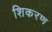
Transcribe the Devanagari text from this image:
शिकरण